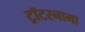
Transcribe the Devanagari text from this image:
ट्रॉटरनामा